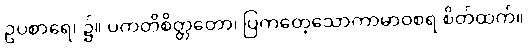
ဥပစာရေ၊ ၌။ ပကတိစိတ္တတော၊ ပြကတေ့သောကာမာဝစရ စိတ်ထက်။